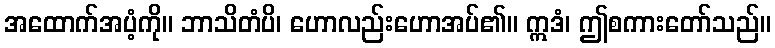
အထောက်အပံ့ကို။ ဘာသိတံပိ၊ ဟောလည်းဟောအပ်၏။ ဣဒံ၊ ဤစကားတော်သည်။